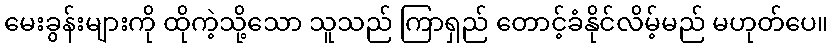
မေးခွန်းများကို ထိုကဲ့သို့သော သူသည် ကြာရှည် တောင့်ခံနိုင်လိမ့်မည် မဟုတ်ပေ။